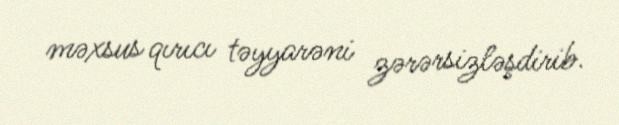
məxsus qırıcı təyyarəni zərərsizləşdirib.